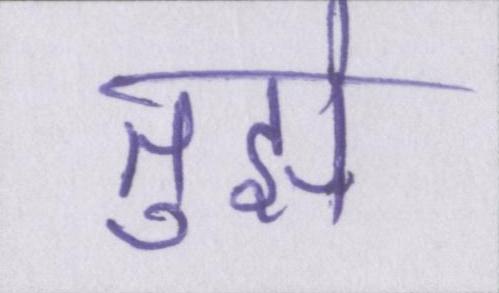
तुझे